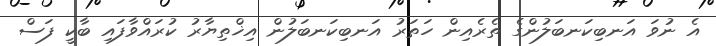
އެ ނުވަ އަނބިކަނބަލުންގެ ތެރެއިން ހަތަރު އަނބިކަނބަލުން އިޚްތިޔާރު ކުރައްވާފައި ބާކީ ފަސް